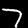
Digit: 7